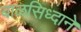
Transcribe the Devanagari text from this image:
बाळसिध्दाने